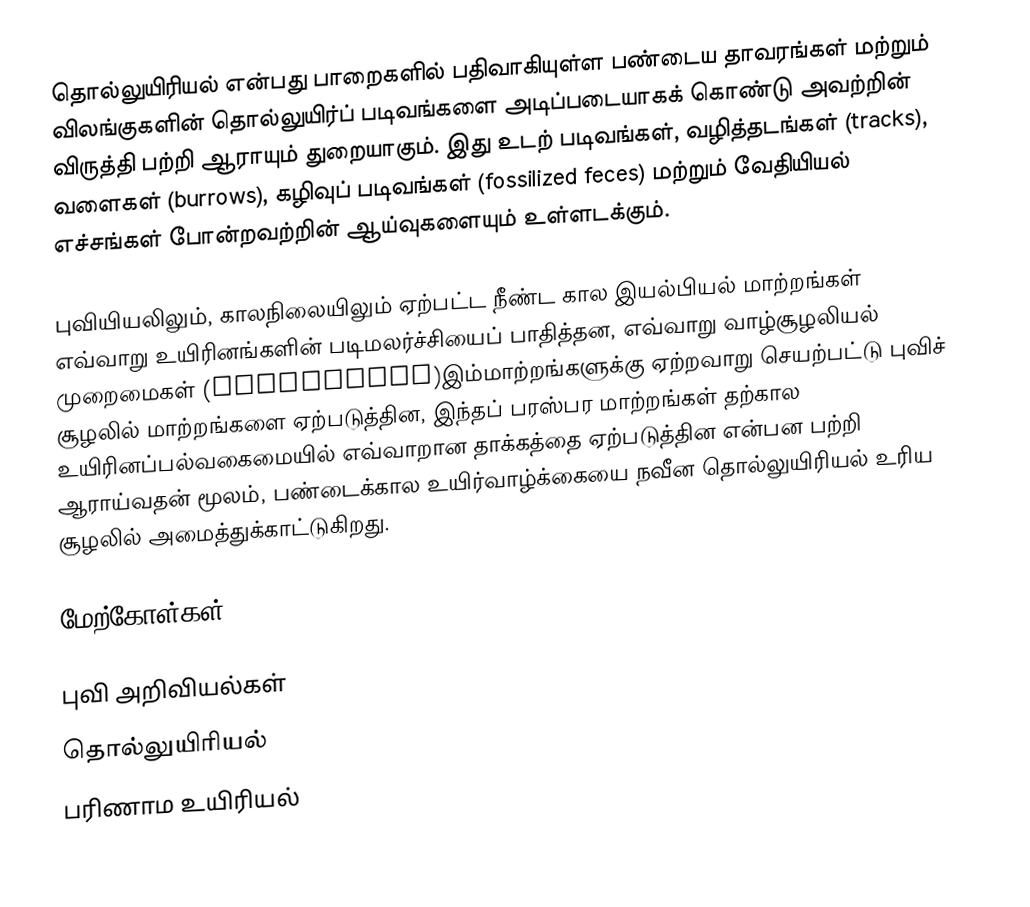
தொல்லுயிரியல் என்பது பாறைகளில் பதிவாகியுள்ள பண்டைய தாவரங்கள் மற்றும் விலங்குகளின் தொல்லுயிர்ப் படிவங்களை அடிப்படையாகக் கொண்டு அவற்றின் விருத்தி பற்றி ஆராயும் துறையாகும். இது உடற் படிவங்கள், வழித்தடங்கள் (tracks), வளைகள் (burrows), கழிவுப் படிவங்கள் (fossilized feces) மற்றும் வேதியியல் எச்சங்கள் போன்றவற்றின் ஆய்வுகளையும் உள்ளடக்கும்.

புவியியலிலும், காலநிலையிலும் ஏற்பட்ட நீண்ட கால இயல்பியல் மாற்றங்கள் எவ்வாறு உயிரினங்களின் படிமலர்ச்சியைப் பாதித்தன, எவ்வாறு வாழ்சூழலியல் முறைமைகள் (ecosystems)இம்மாற்றங்களுக்கு ஏற்றவாறு செயற்பட்டு புவிச் சூழலில் மாற்றங்களை ஏற்படுத்தின, இந்தப் பரஸ்பர மாற்றங்கள் தற்கால உயிரினப்பல்வகைமையில் எவ்வாறான தாக்கத்தை ஏற்படுத்தின என்பன பற்றி ஆராய்வதன் மூலம், பண்டைக்கால உயிர்வாழ்க்கையை நவீன தொல்லுயிரியல் உரிய சூழலில் அமைத்துக்காட்டுகிறது.

மேற்கோள்கள்

புவி அறிவியல்கள்
தொல்லுயிரியல்
பரிணாம உயிரியல்